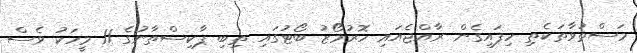
މަސްތުވާތަކެތި ހިފައިގެން ރާއްޖެއައި ހޮރުމޯޒު ބޯޓުގައި ތިބި ޕާކިސްތާނުގެ 11 މީހަކު ވެސް